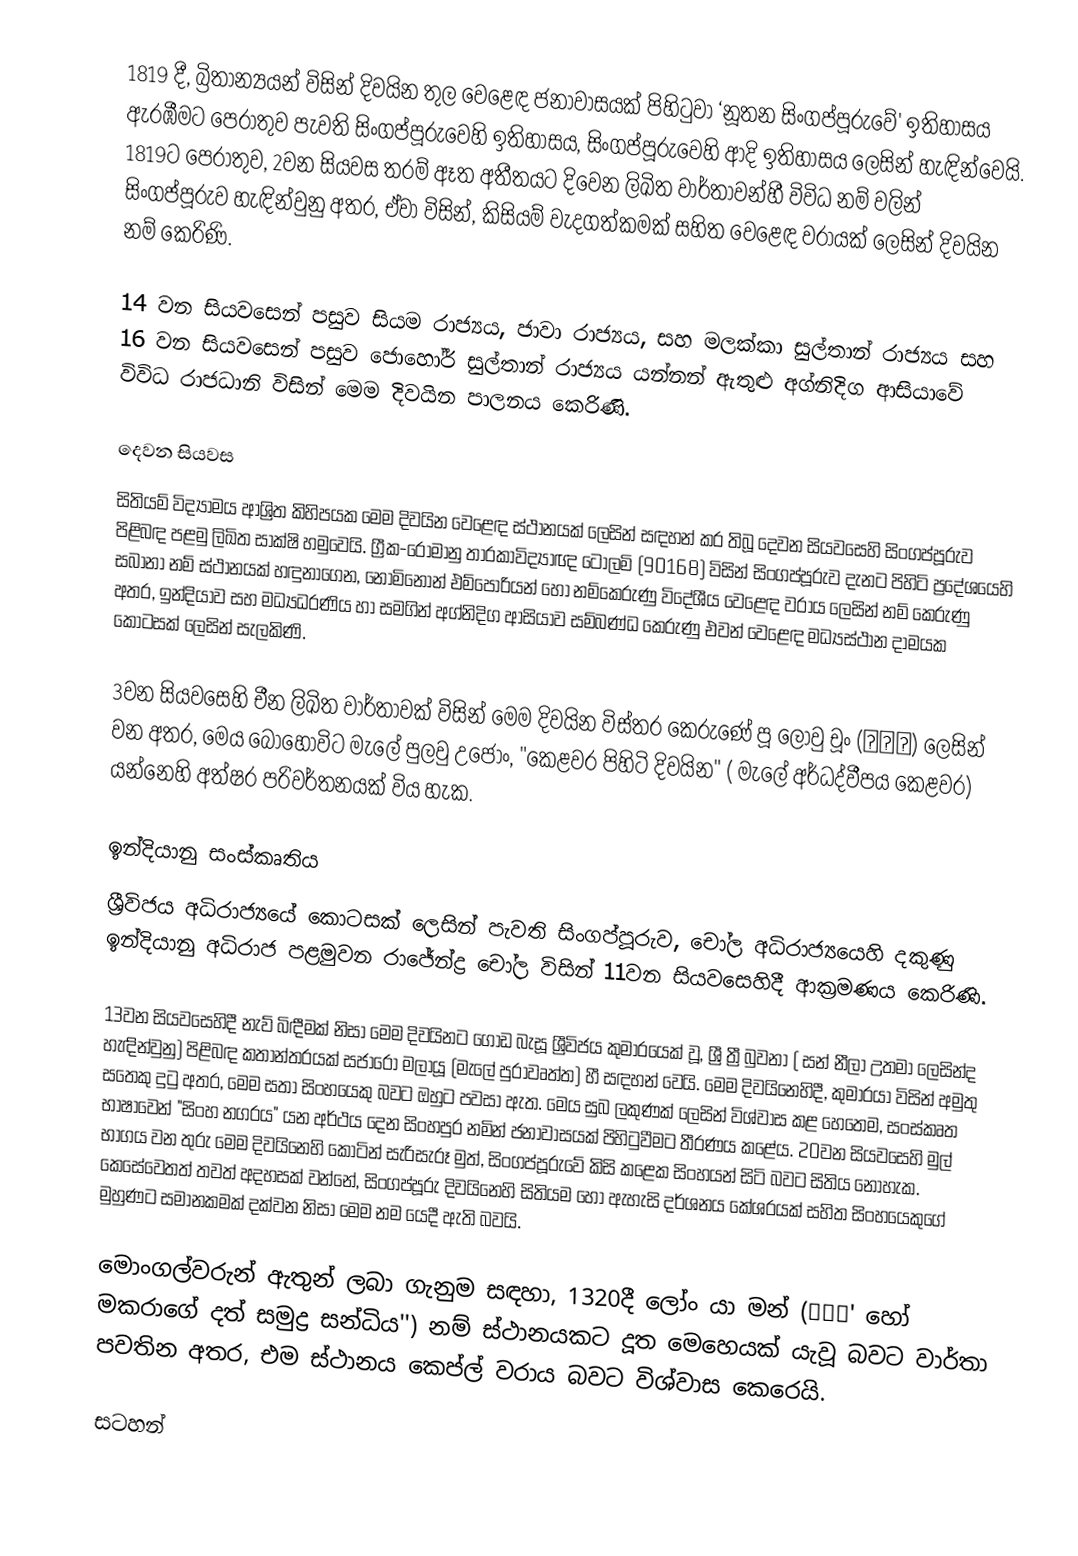
1819 දී, බ්‍රිතාන්‍යයන් විසින් දිවයින තුල වෙළෙඳ ජනාවාසයක් පිහිටුවා ‘නූතන සිංගප්පූරුවේ' ඉතිහාසය ඇරඹීමට පෙරාතුව පැවති සිංගප්පූරුවෙහි ඉතිහාසය, සිංගප්පූරුවෙහි ආදි ඉතිහාසය ලෙසින් හැඳින්වෙයි. 1819ට පෙරාතුව, 2වන සියවස තරම් ඈත අතීතයට දිවෙන ලිඛිත වාර්තාවන්හී විවිධ නම් වලින් සිංගප්පූරුව හැඳින්වුනු අතර, ඒවා විසින්, කිසියම් වැදගත්කමක් සහිත වෙළෙඳ වරායක් ලෙසින් දිවයින නම් කෙරිණි.

14 වන සියවසෙන් පසුව සියම රාජ්‍යය, ජාවා රාජ්‍යය, සහ මලක්කා සුල්තාන් රාජ්‍යය සහ 16 වන සියවසෙන් පසුව ජොහෝර් සුල්තාන් රාජ්‍යය යන්නන් ඇතුළු අග්නිදිග ආසියාවේ විවිධ රාජධානි විසින් මෙම දිවයින පාලනය කෙරිණි.

 දෙවන සියවස
සිතියම් විද්‍යාමය ආශ්‍රිත කිහිපයක මෙම දිවයින වෙළෙඳ ස්ථානයක් ලෙසින් සඳහන් කර තිබූ දෙවන සියවසෙහි සිංගප්පූරුව පිළිබඳ පළමු ලිඛිත සාක්ෂි හමුවෙයි. ග්‍රීක-රෝමානු තාරකාවිද්‍යාඥ ටොලමි (90168) විසින් සිංගප්පූරුව දැනට පිහිටි ප්‍රදේශයෙහි සබානා නම් ස්ථානයක් හඳුනාගෙන, නොමිනොන් එම්පොරියන් හෝ නම්කෙරුණු විදේශීය වෙළෙඳ වරාය ලෙසින් නම් කෙරුණු අතර, ඉන්දියාව සහ මධ්‍යධරණිය හා සමගින් අග්නිදිග ආසියාව සම්බණ්ධ කෙරුණු එවන් වෙළෙඳ මධ්‍යස්ථාන දාමයක  කොටසක් ලෙසින් සැලකිණි.

3වන සියවසෙහි චීන ලිඛිත වාර්තාවක් විසින් මෙම දිවයින විස්තර කෙරුණේ පූ ලොවු චූං (蒲羅中) ලෙසින් වන අතර, මෙය බොහෝවිට මැලේ පුලවු උජොං, "කෙළවර පිහිටි දිවයින" ( මැලේ අර්ධද්වීපය කෙළවර) යන්නෙහි අත්ෂර පරිවර්තනයක් විය හැක.

 ඉන්දියානු සංස්කෘතිය
ශ්‍රීවිජය අධිරාජ්‍යයේ කොටසක් ලෙසින් පැවති සිංගප්පූරුව, චෝල අධිරාජ්‍යයෙහි දකුණු ඉන්දියානු අධිරාජ පළමුවන රාජේන්ද්‍ර චෝල විසින් 11වන සියවසෙහිදී ආක්‍රමණය කෙරිණි.

13වන සියවසෙහිදී නැව් බිඳීමක්  නිසා මෙම දිවයිනට ගොඩ බැසූ ශ්‍රීවිජය කුමාරයෙක් වූ, ශ්‍රී ත්‍රී බුවනා ( සන් නීලා උතමා ලෙසින්ද හැඳින්වුනු)  පිළිබඳ කතාන්තරයක් සජාරෝ මලායූ (මැලේ පුරාවෘත්ත) හී සඳහන් වෙයි. මෙම දිවයිනෙහිදී, කුමාරයා විසින් අමුතු සතෙකු දුටු අතර, මෙම සතා  සිංහයෙකු බවට ඔහුට පවසා ඇත. මෙය සුබ ලකුණක් ලෙසින් විශ්වාස කළ හෙතෙම, සංස්කෘත භාෂාවෙන් "සිංහ නගරය"  යන අර්ථය දෙන සිංහපුර නමින් ජනාවාසයක් පිහිටුවීමට තීරණය කළේය. 20වන සියවසෙහි මුල් භාගය වන තුරු මෙම දිවයිනෙහි කොටින් සැරිසැරූ මුත්, සිංගප්පූරුවේ කිසි කළෙක සිංහයන් සිටි බවට සිතිය නොහැක. කෙසේවෙතත් තවත් අදහසක් වන්නේ, සිංගප්පූරු දිවයිනෙහි සිතියම හෝ ඇහැසි දර්ශනය කේශරයක් සහිත සිංහයෙකුගේ මුහුණට සමානකමක් දක්වන නිසා මෙම නම යෙදී ඇති බවයි.

මොංගල්වරුන් ඇතුන් ලබා ගැනුම සඳහා, 1320දී ලෝං යා මන් (龍牙門' හෝ මකරාගේ දත් සමුද්‍ර සන්ධිය'') නම් ස්ථානයකට දූත මෙහෙයක් යැවූ බවට වාර්තා පවතින අතර, එම ස්ථානය කෙප්ල් වරාය බවට විශ්වාස කෙරෙයි.

සටහන්